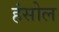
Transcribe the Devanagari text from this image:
हंसोल